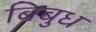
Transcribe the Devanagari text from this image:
बिबुध